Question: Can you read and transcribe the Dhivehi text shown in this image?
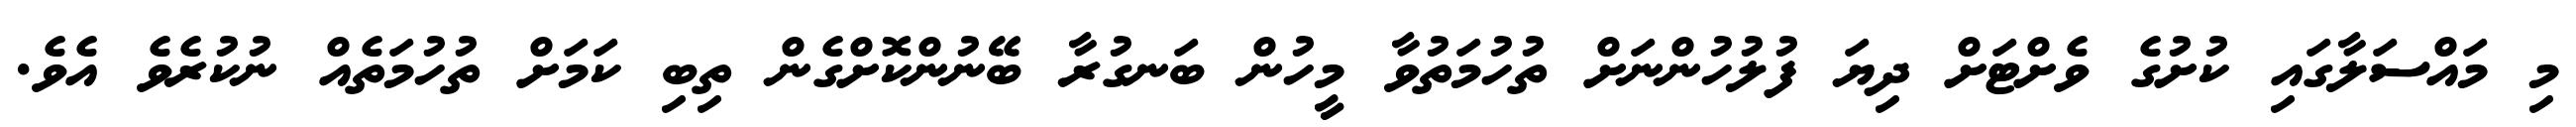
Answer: މި މައްސަލާގައި ކުށުގެ ވެށްޓަށް ދިޔަ ފުލުހުންނަށް ތުހުމަތުވާ މީހުން ބަނގުރާ ބޭނުންކޮށްގެން ތިބި ކަމަށް ތުހުމަތެއް ނުކުރެވެ އެވެ.